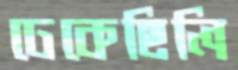
ঢেকেছিলি